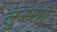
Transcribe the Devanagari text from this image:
लुस्सो